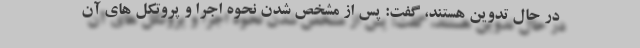
در حال تدوین هستند، گفت: پس از مشخص شدن نحوه اجرا و پروتکل های آن